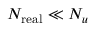
N _ { \mathrm { r e a l } } \ll N _ { u }